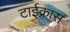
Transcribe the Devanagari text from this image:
टाईक्रास